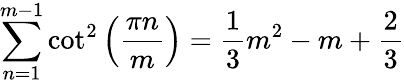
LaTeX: \sum_{n=1}^{m-1}\cot^{2}\left(\frac{\pi n}{m}\right)=\frac{1}{3}m^{2}-m+\frac{2}{3}